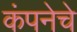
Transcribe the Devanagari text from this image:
कंपनेचे